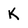
Character: K